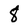
Character: 8